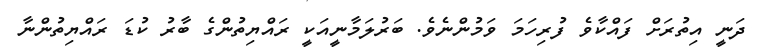
ދަނީ އިތުރަށް ފައްކާވެ ފުރިހަމަ ވަމުންނެވެ. ބަރުލަމާނީއަކީ ރައްޔިތުންގެ ބާރު ކުޑަ ރައްޔިތުންނާ